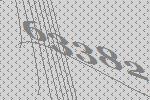
63382